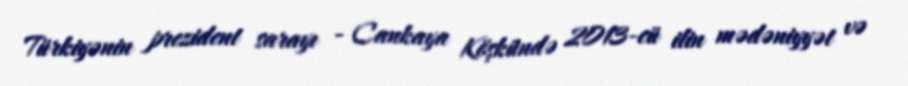
Türkiyənin prezident sarayı - Cankaya Köşkündə 2013-cü ilin mədəniyyət və